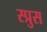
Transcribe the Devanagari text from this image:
स्प्रुस